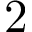
2 \time 2